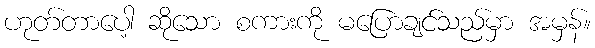
ဟုတ်တာပေါ့ ဆိုသော စကားကို မပြောချင်သည်မှာ အမှန်။